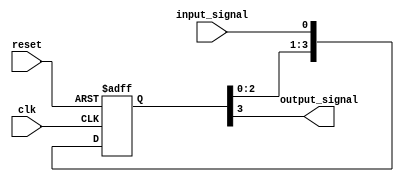
module synchronizer(
    input wire clk,
    input wire reset,
    input wire input_signal,
    output reg output_signal
);

reg [3:0] flip_flops;

always @(posedge clk or posedge reset) begin
    if(reset) begin
        flip_flops <= 4'b0;
    end else begin
        flip_flops <= {flip_flops[2:0], input_signal};
    end
end

assign output_signal = flip_flops[3];

endmodule